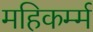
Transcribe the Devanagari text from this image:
महिकर्म्म